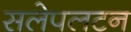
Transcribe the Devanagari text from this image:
सलेपलटन